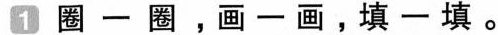
1圈一圈，画-画，填一填。